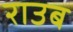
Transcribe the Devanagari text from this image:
राउब